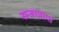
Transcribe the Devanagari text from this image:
सजाप्राप्त